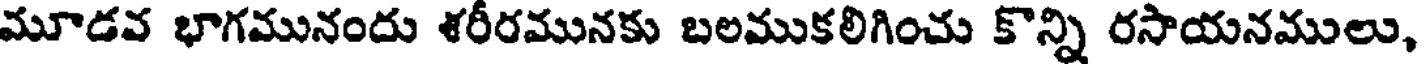
మూడవ భాగమునందు ళరీరమునకు బలముకలిగించు కొన్ని రసాయనములు,